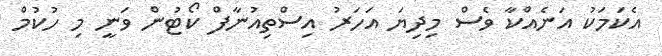
އެކަމަކު އަނެއްކާ ވެސް މިދިޔަ އަހަރު އިސްތިއުނާފް ކޯޓުން ވަނީ މި ހުކުމް